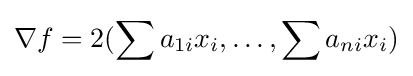
\nabla f=2(\sum a_{1i}x_{i},\dots ,\sum a_{ni}x_{i})